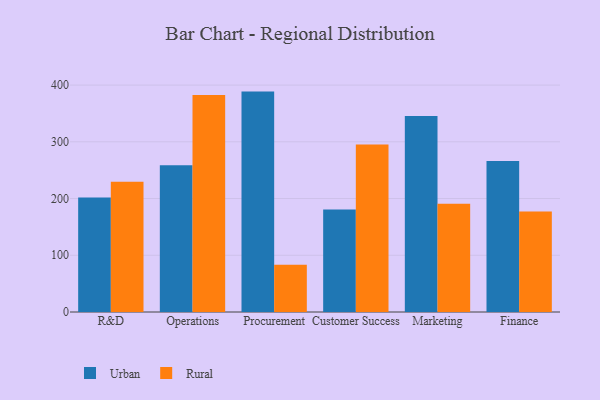
{"axis": {"x": "Department", "y": "Budget (USD K)"}, "legend": ["Rural", "Urban"], "data": [{"x": "R&D", "y": 201.8, "type": "Urban"}, {"x": "R&D", "y": 229.7, "type": "Rural"}, {"x": "Operations", "y": 258.5, "type": "Urban"}, {"x": "Operations", "y": 382.5, "type": "Rural"}, {"x": "Procurement", "y": 388.5, "type": "Urban"}, {"x": "Procurement", "y": 83.3, "type": "Rural"}, {"x": "Customer Success", "y": 180.6, "type": "Urban"}, {"x": "Customer Success", "y": 295.3, "type": "Rural"}, {"x": "Marketing", "y": 345.5, "type": "Urban"}, {"x": "Marketing", "y": 190.8, "type": "Rural"}, {"x": "Finance", "y": 266.1, "type": "Urban"}, {"x": "Finance", "y": 177.2, "type": "Rural"}]}